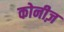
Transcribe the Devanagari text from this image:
कोनीज़